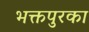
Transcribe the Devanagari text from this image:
भक्तपुरका